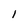
Character: 1